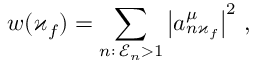
w ( \varkappa _ { f } ) = \sum _ { n : \: \mathcal { E } _ { n } > 1 } \left| a _ { n \varkappa _ { f } } ^ { \mu } \right| ^ { 2 } \, ,